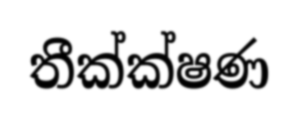
තීක්ක්ෂණ